Lunatic asylums Central Provinces reports 1895-1909 - 1895-1909
Year: 1895
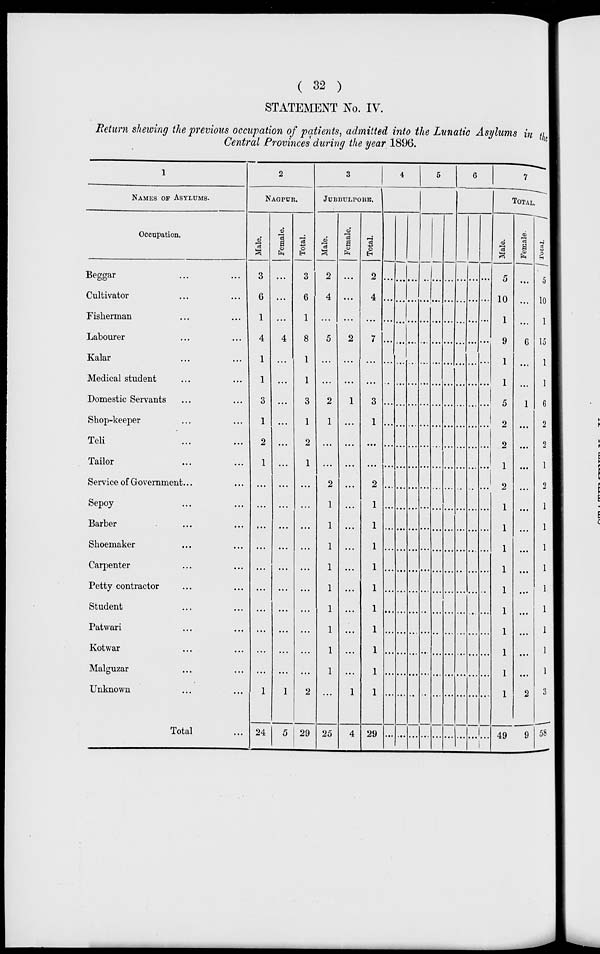
( 32 )
STATEMENT No. IV.
Return shewing the previous occupation of patients, admitted into the Lunatic Asylums in the
Central Provinces during the year 1896.
1
NAMES OF ASYLUMS.
Occupation.
Beggar ... ...
Cultivator ... ...
Fisherman... ...
Labourer... ...
Kalar... ...
Medical student... ...
Domestic Servants... ...
Shop-keeper... ...
Teli... ...
Tailor... ...
Service of Government.
Sepoy... ...
Barber... ...
Shoemaker... ...
Carpenter... ...
Petty contractor... ...
Student... ...
Patwari... ...
Kotwar... ...
Malguzar... ...
Unknown... ...
Total...
2
NAGPUR.
Male.
3
6
1
4
1
1
3
1
2
1
...
...
...
...
...
...
...
...
...
...
1
24
Female.
...
...
...
4
...
...
...
...
...
...
...
...
...
...
...
...
...
...
...
...
1
5
Total.
3
6
1
8
1
1
3
1
2
1
...
...
...
...
...
...
...
...
...
...
2
29
3
JUBBULPORE.
Male.
2
4
...
5
...
...
2
1
...
...
2
1
1
1
1
1
1
1
1
1
...
25
Female.
...
...
...
2
...
...
1
...
...
...
...
...
...
...
...
...
...
...
...
...
1
4
Total.
2
4
...
7
...
...
3
1
...
...
2
1
1
1
1
1
1
1
1
1
1
29
4
...
...
...
...
...
...
...
...
...
...
...
...
...
...
...
...
...
...
...
...
...
...
...
...
...
...
...
...
...
...
...
...
...
...
...
...
...
...
...
...
...
...
...
...
...
...
...
...
...
...
...
...
...
...
...
...
...
...
...
...
...
...
...
...
...
...
5
...
...
...
...
...
...
...
...
...
...
...
...
...
...
...
...
...
...
...
...
...
...
...
...
...
...
...
...
...
...
...
...
...
...
...
...
...
...
...
...
...
...
...
...
...
...
...
...
...
...
...
...
...
...
...
...
...
...
...
...
...
...
...
...
...
...
6
...
...
...
...
...
...
...
...
...
...
...
...
...
...
...
...
...
...
...
...
...
...
...
...
...
...
...
...
...
...
...
...
...
...
...
...
...
...
...
...
...
...
...
...
...
...
...
...
...
...
...
...
...
...
...
...
...
...
...
...
...
...
...
...
...
...
7
TOTAL.
Male.
5
10
1
9
1
1
5
2
2
1
2
1
1
1
1
1
1
1
1
1
1
49
Female.
...
...
...
6
...
...
1
...
...
...
...
...
...
...
...
...
...
...
...
...
2
9
Total.
5
10
1
15
1
1
6
2
2
1
2
1
1
1
1
1
1
1
1
1
3
58